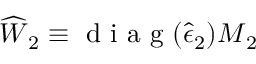
\widehat { \boldsymbol { W } } _ { 2 } \equiv \mathrm { ~ d ~ i ~ a ~ g ~ } ( \widehat { \boldsymbol { \epsilon } } _ { 2 } ) \boldsymbol { M } _ { 2 }